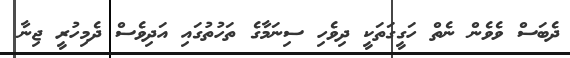
ދެބަސް ވެވެން ނެތް ހަގީގަތަކީ ދިވެހި ސިނަމާގެ ތަހުތުގައި އަދިވެސް ދެމިހުރީ ޖިނާ